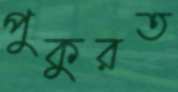
পুকুরত